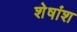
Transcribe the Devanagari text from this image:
शेषांश